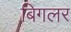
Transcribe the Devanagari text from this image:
बिगलर